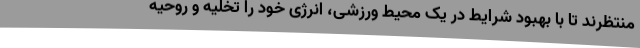
منتظرند تا با بهبود شرایط در یک محیط ورزشی، انرژی خود را تخلیه و روحیه